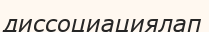
диссоциациялап